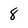
Character: 8